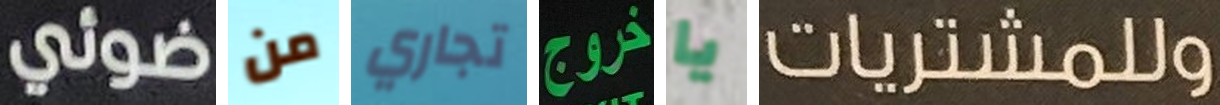
ضوئي من تجاري خروج يا وللمشتريات